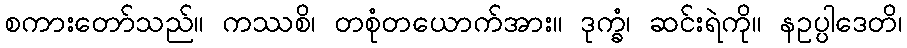
စကားတော်သည်။ ကဿစိ၊ တစုံတယောက်အား။ ဒုက္ခံ၊ ဆင်းရဲကို။ နဥပ္ပါဒေတိ၊